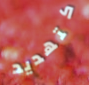
كتهديد